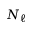
N _ { \ell }